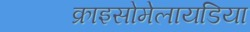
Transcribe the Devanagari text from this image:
क्राइसोमेलायडिया